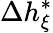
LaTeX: \Delta h_{\xi}^{*}